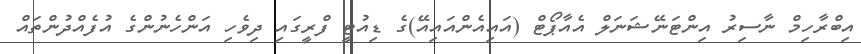
އިބްރާހިމް ނާސިރު އިންޓަނޭޝަނަލް އެއާޕޯޓް (އައިއެންއައިއޭ)ގެ ޑިއުޓީ ފްރީގައި ދިވެހި އަންހެނުންގެ އުފެއްދުންތައް